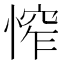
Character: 𢞲